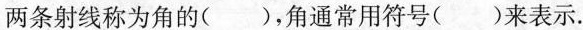
，两条射线称为角的()，角通常用符号()来表示。